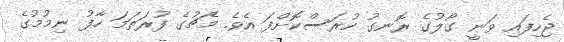
ޖެހިފައި ވަނީ ގޯލުގެ ރޮނގު ހުރަސްކޮށްފަ އެވެ. މެޗުގެ ފުރަތަމަ ހާފު ނިމުމުގެ